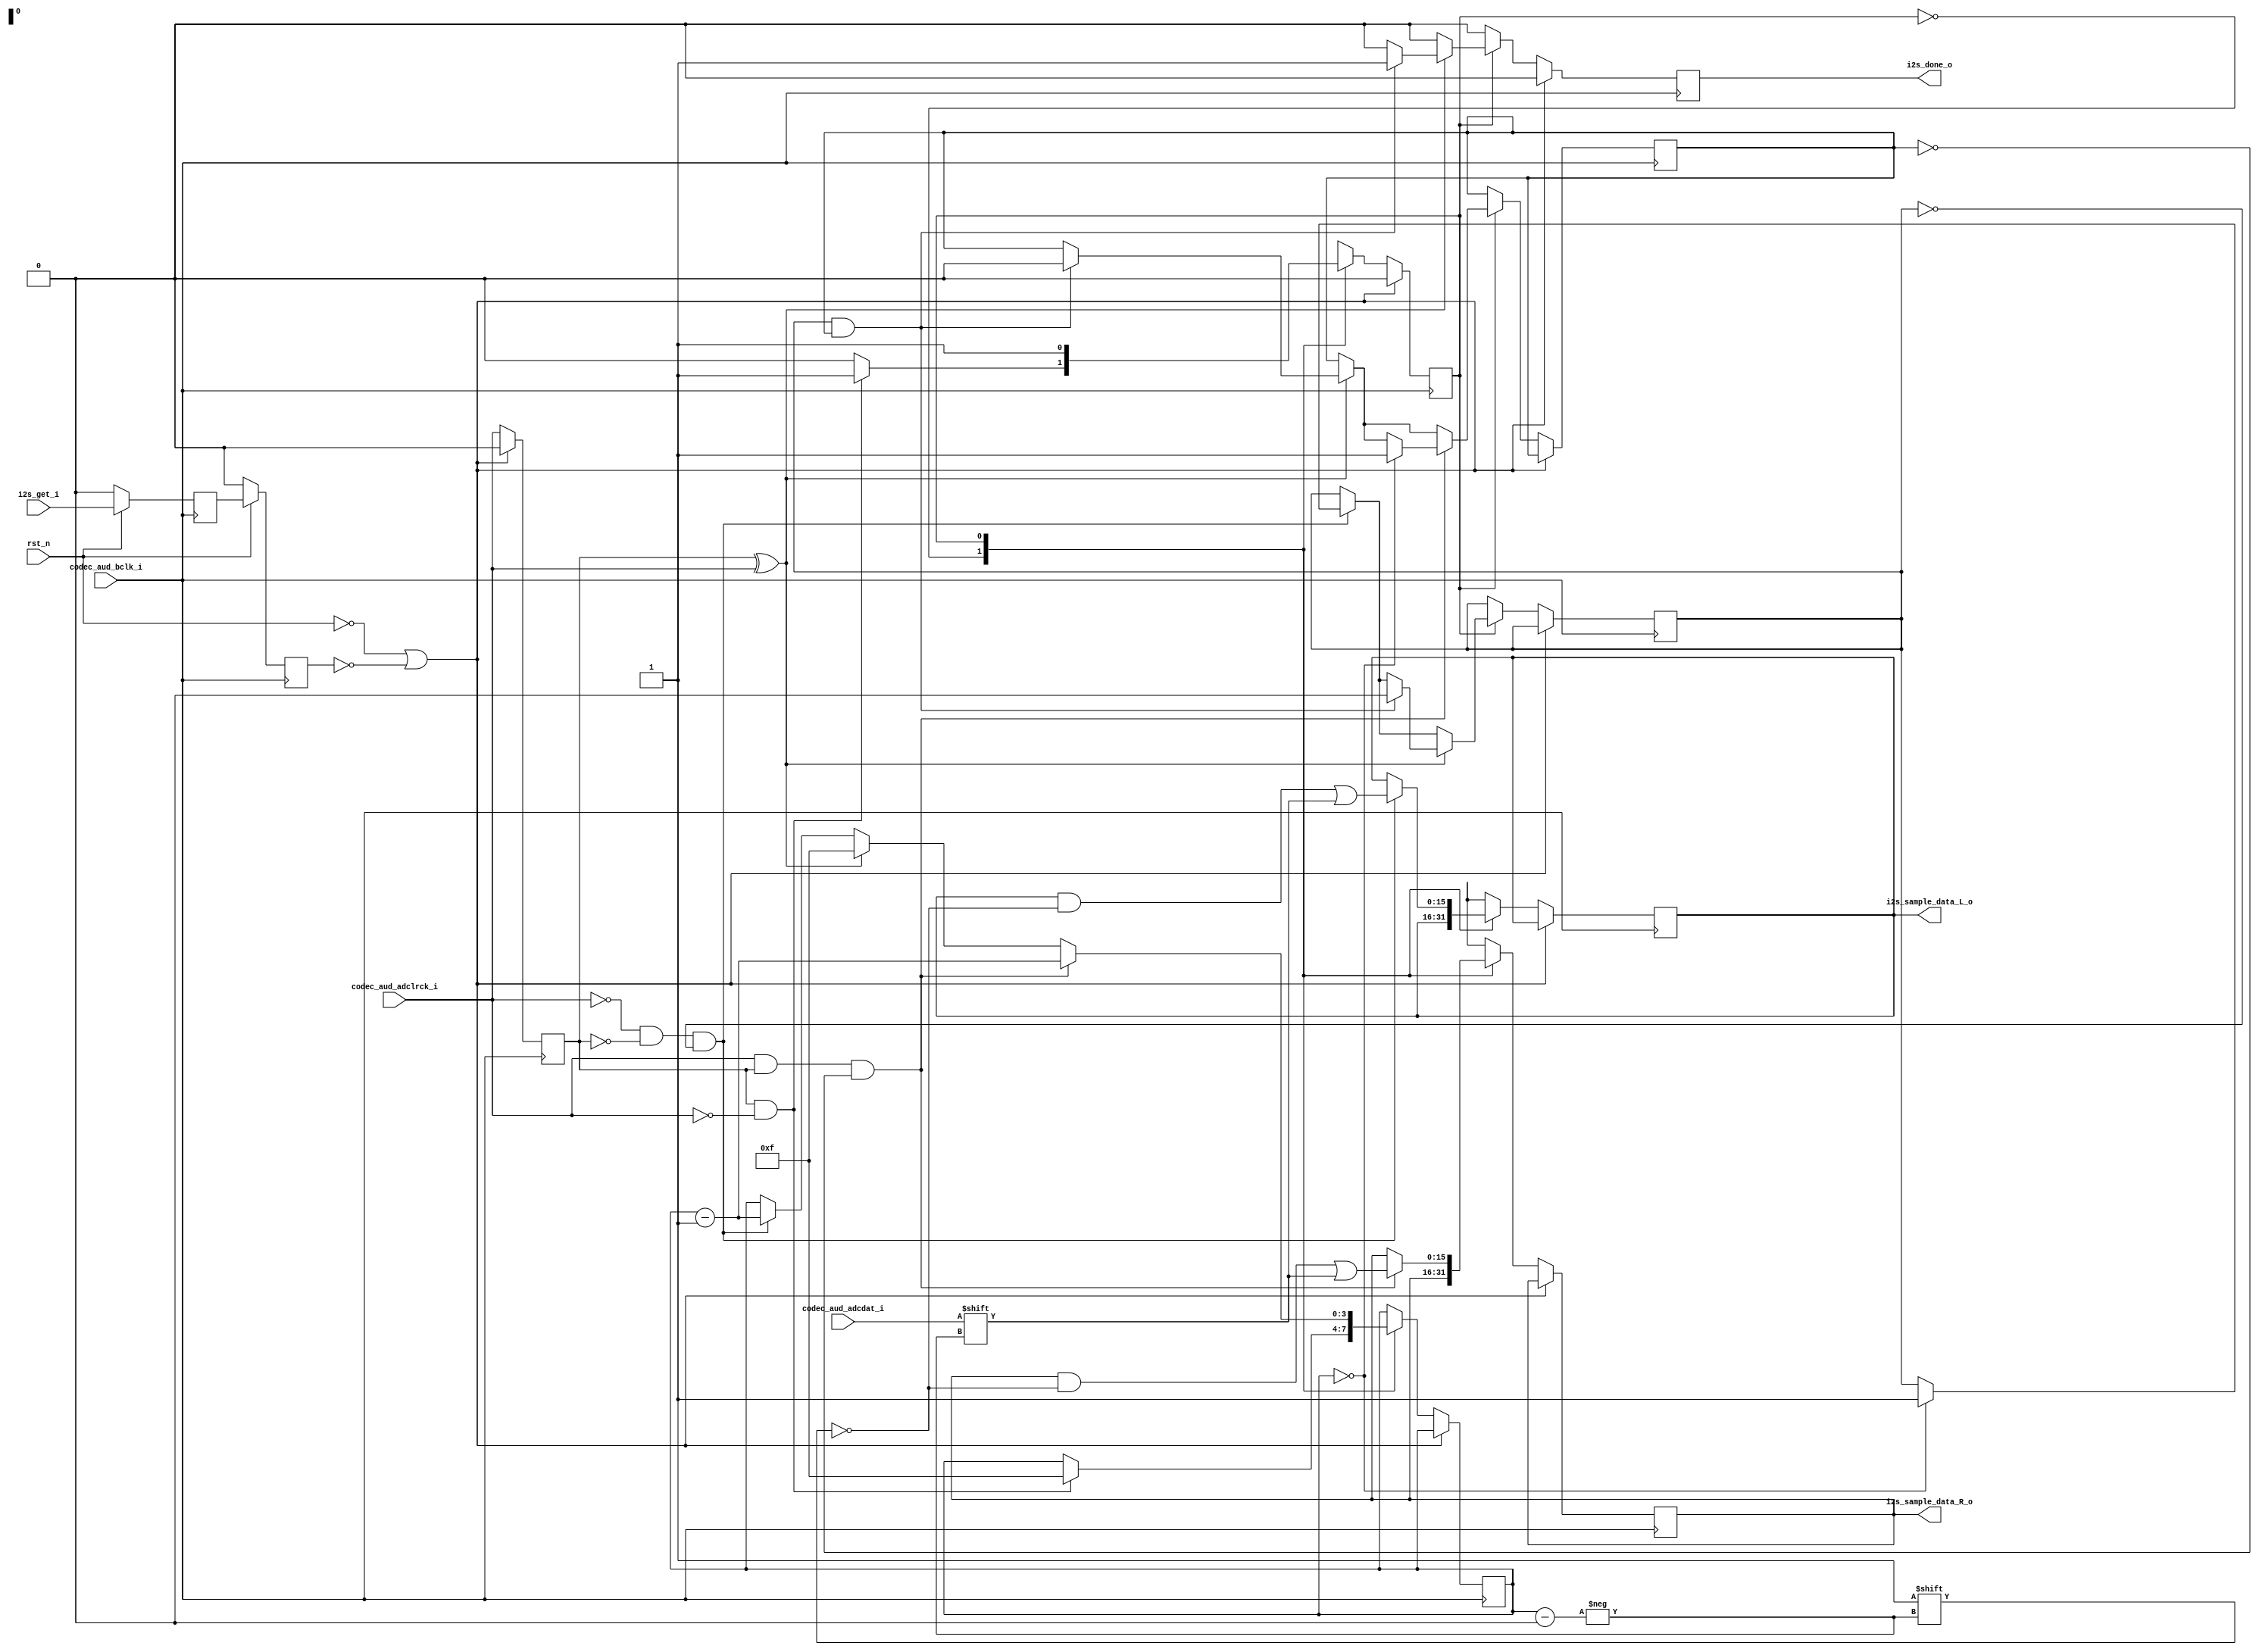
module i2s_master #(
    parameter LEADING_BITS  = 1,  // Dummy bits before sample, fixed to 1
    parameter DATA_BITS     = 16, // Width in bits of one sample
    parameter TRAILING_BITS = 15  // Dummy bits after sample, (at least one required)
)(
    rst_n,
    
    // Audio codec physical pins
    //codec_aud_xck_o,
    codec_aud_bclk_i,
    codec_aud_adcdat_i,
    codec_aud_adclrck_i,
    
    // Control signals
    i2s_sample_data_L_o,
    i2s_sample_data_R_o,
    i2s_get_i,	//relativamente inutile
    i2s_done_o
);

// Params
//`include "../globals.v"

//localparam BCLK_TICKS_BITS = $clog2(BCLK_TICKS_PER_SAMPLE); // Number of BCLK cycles to transmit 1 sample (left or right channel)
localparam DATA_BITS_CNTR = $clog2(DATA_BITS); // Number of BCLK cycles to transmit 1 sample (left or right channel)

localparam FSM_IDLE   = 0;
localparam FSM_GET   = 1;
localparam FSM_STATES = 2;
localparam FSM_STATE_BITS = $clog2(FSM_STATES);

// Ports definition
//input bclk;
input rst_n;

//output codec_aud_xck_o;
input codec_aud_bclk_i;
input codec_aud_adcdat_i;
input codec_aud_adclrck_i;

output reg [DATA_BITS-1:0] i2s_sample_data_L_o;
output reg [DATA_BITS-1:0] i2s_sample_data_R_o;
input i2s_get_i;
output reg i2s_done_o;

// Private regs
//reg [XCK_CNT_BITS-1:0]    xck_counter = 0;
//reg [BCLK_CNT_BITS-1:0]   bclk_counter = 0;
//reg [BCLK_TICKS_BITS-1:0] bclk_ticks = 0;
reg [DATA_BITS_CNTR-1:0] data_bit;
//reg [DATA_BITS-1:0] sample_L = 0;
//reg [DATA_BITS-1:0] sample_R = 0; 

reg [FSM_STATE_BITS-1:0] fsm_state = 0;

//reg synch = 0;	//POTREBBE ESSERE CHANNEL RIGHT PER ORA
reg ch_right;
reg sample_L_done;
reg sample_R_done;
//reg dummy_trail_cnt; // =0
reg get_synch;
reg get;

// Private wires
//wire [DATA_BITS-1:0] sample;
//wire end_of_sample;
//wire i2s_idle;

//wire done;


//assign i2s_sample_data_L_o = 0;
//assign i2s_sample_data_R_o = 0;


// Private assignments
//assign i2s_idle = fsm_state == FSM_IDLE;
/*
assign i2s_done_o = (codec_aud_adclrck_o & end_of_sample) | i2s_idle;
//assign sample = (codec_aud_adclrck_o) ? sample_L : sample_R;
//assign codec_aud_adcdat_i = sample[data_bit];
assign end_of_sample = (bclk_ticks == (BCLK_TICKS_PER_SAMPLE-1))
                        && (bclk_counter == BCLK_CNT_TOP)
                        && (xck_counter == XCK_CNT_TOP);
*/	
//assign i2s_done_o = sample_L_done & sample_R_done;

/* XCK and BCK clock generation
always @ (posedge clk) begin
    if(!rst_n) begin
        xck_counter <= 0;
        bclk_counter <= 0;
        bclk_ticks <= 0;
        codec_aud_xck_o <= 0;
        codec_aud_bclk_o <= 0;
    end else begin
        xck_counter <= (xck_counter < XCK_CNT_TOP)  ? xck_counter + 1'b1 : 0;
        codec_aud_xck_o <= (xck_counter < XCK_CNT_TOP) && (xck_counter > (XCK_CNT_HALF-2)); 
 
        if(!i2s_idle && (xck_counter == XCK_CNT_TOP)) begin
            bclk_counter     <= (bclk_counter < BCLK_CNT_TOP)  ? bclk_counter + 1'b1 : 0;
            codec_aud_bclk_o <= (bclk_counter < BCLK_CNT_TOP) && (bclk_counter > (BCLK_CNT_HALF-2));
            
            if(bclk_counter == BCLK_CNT_TOP)
                bclk_ticks <= bclk_ticks + 1'b1;
        end
    end
end 

// Obtaining data_bit from blck_cycles                      
always @ (bclk_ticks) begin
    if(bclk_ticks < LEADING_BITS)
        data_bit <= DATA_BITS - 1'b1;
    else if(bclk_ticks < LEADING_BITS + DATA_BITS)
        data_bit <= LEADING_BITS + DATA_BITS - 1'b1 - bclk_ticks;
    else
        data_bit <= 0;
end
*/    
// Synch get input
always @ (posedge codec_aud_bclk_i) begin
	  if (!rst_n) begin
			 get_synch <= 0;
			 get <= 0;
	  end else begin
			 get_synch <= i2s_get_i;
			 get <= get_synch;
	  end
end

 
// Main FSM
always @ (posedge codec_aud_bclk_i) begin
	/*ch_right <= 0;
	if (i2s_done_o) begin	//clear condition: previous sample has been sent to buffer
		sample_L_done <= 1'b0;
		sample_R_done <= 1'b0;
	end*/
	i2s_done_o <= 1'b0;
	if (!rst_n | !get) begin	//rst or inactive condition
		fsm_state <= FSM_IDLE;
		ch_right <= 1'b0;
		//synch <= 1'b0;
	end else begin
		ch_right <= codec_aud_adclrck_i;	//pu anche essere scritto pi esternamente
		case(fsm_state)
			FSM_IDLE: begin
				/*if (codec_aud_adclrck_i == 1'b1) begin //eliminabile
					synch <= 1'b1;
					fsm_state <= FSM_IDLE;
				end else*/ if ((ch_right == 1'b1) && (codec_aud_adclrck_i == 1'b0)) begin	//dummy bit for left channel
					//ch_right <= 0;
					data_bit <= 4'd15;
					fsm_state <= FSM_GET;
				end else begin
					fsm_state <= FSM_IDLE;
				end
			end
			FSM_GET: begin
				fsm_state <= FSM_GET;
				if (!codec_aud_adclrck_i & !ch_right & !sample_L_done) begin
					i2s_sample_data_L_o[data_bit] <= codec_aud_adcdat_i;
					data_bit <= data_bit - 1'b1;
					if (data_bit == 0) sample_L_done <= 1'b1;
					//dummy_trail_cnt <= dummy_trail_cnt + 1;
				end if (ch_right ^ codec_aud_adclrck_i) begin	//other channel start condition (dummy bit detected)
					data_bit <= 4'd15;
					if (sample_L_done & sample_R_done) begin
							sample_L_done <= 1'b0;
							sample_R_done <= 1'b0;
							i2s_done_o <= 1'b1;
               end
				end if (codec_aud_adclrck_i & ch_right & !sample_R_done) begin
					i2s_sample_data_R_o[data_bit] <= codec_aud_adcdat_i;
					data_bit <= data_bit - 1'b1;
					if (data_bit == 0) sample_R_done <= 1'b1;
					//eventuale gestione caso dummy trail count e introduzione stato di errore
				end
			end
		endcase
	end
end

/*              
// Main FSM
always @ (posedge codec_aud_bclk_i) begin
    if(!rst_n) begin
        fsm_state <= FSM_IDLE;
        codec_aud_adclrck_o <= 0;
    end else case(fsm_state)
        FSM_IDLE: begin
            if(i2s_get_i) begin
                fsm_state <= FSM_GET;
                //sample_L <= i2s_sample_data_L_i;
                //sample_R <= i2s_sample_data_R_i;
                codec_aud_adclrck_o <= 0;
            end
        end
        FSM_GET: begin
            codec_aud_adclrck_o <= codec_aud_adclrck_o ^ end_of_sample;
            
            if(codec_aud_adclrck_o & end_of_sample) begin            
                if(i2s_get_i) begin
                    //sample_L <= i2s_sample_data_L_o;
                    //sample_R <= i2s_sample_data_R_o;
                end
                
                fsm_state <= (i2s_get_i) ? fsm_state : FSM_IDLE;
            end
        end
    endcase
end
*/

endmodule